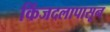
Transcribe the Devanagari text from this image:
किंजदलापासून